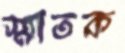
স্মাতক